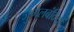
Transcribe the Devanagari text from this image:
जुगलबंदियों